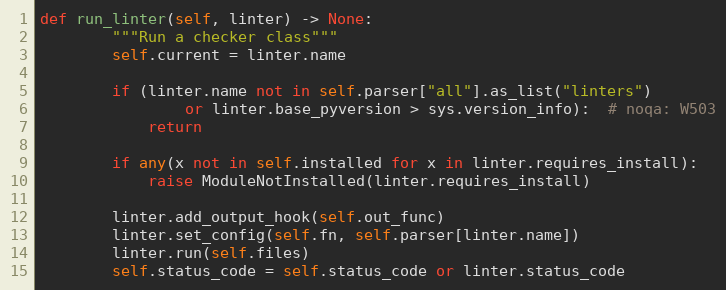
Language: Python
def run_linter(self, linter) -> None:
        """Run a checker class"""
        self.current = linter.name

        if (linter.name not in self.parser["all"].as_list("linters")
                or linter.base_pyversion > sys.version_info):  # noqa: W503
            return

        if any(x not in self.installed for x in linter.requires_install):
            raise ModuleNotInstalled(linter.requires_install)

        linter.add_output_hook(self.out_func)
        linter.set_config(self.fn, self.parser[linter.name])
        linter.run(self.files)
        self.status_code = self.status_code or linter.status_code